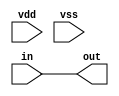
//#############################################################################
//# Function: Buffer that propagates "X" if power supply is invalid           #
//#############################################################################
//# Author:   Andreas Olofsson                                                #
//# License:  MIT  (see LICENSE file in OH! repository)                       # 
//#############################################################################

module oh_pwr_buf #( parameter DW = 1) // width of data inputs
 (
   input 	   vdd, // supply (set to 1 if valid)
   input 	   vss, // ground (set to 0 if valid)
   input [DW-1:0]  in, // input signal
   output [DW-1:0] out    // buffered output signal
  );
   
`ifdef TARGET_SIM   
   assign out[DW-1:0] = ((vdd===1'b1) && (vss===1'b0)) ? in[DW-1:0]:
		                                         {(DW){1'bX}};
`else
   assign out[DW-1:0] = in[DW-1:0];
`endif
   


   
endmodule // oh_pwr_buf